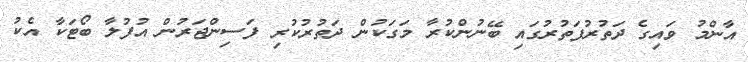
އާންމު ވައިގެ ދަތުރުފަތުރުގައި ބޭނުންކުރާ މަގަކުން ދަތުރުކުރި ފަސިންޖަރުން އުފުލާ ބޯޓަކާ އެކު